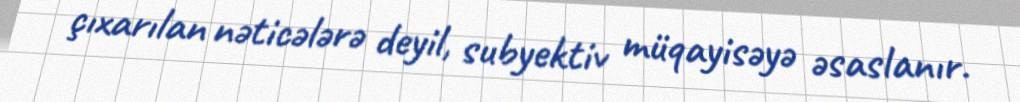
çıxarılan nəticələrə deyil, subyektiv müqayisəyə əsaslanır.